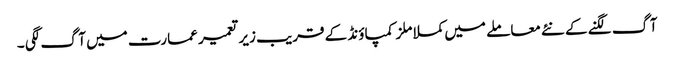
آگ لگنے کے نئے معاملے میں کملا ملز کمپاؤنڈ کے قریب زیر تعمیر عمارت میں آگ لگی ۔